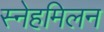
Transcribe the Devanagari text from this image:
स्नेहमिलन